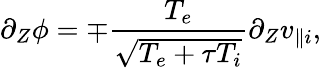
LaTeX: \partial_{Z}\phi=\mp\frac{T_{e}}{\sqrt{T_{e}+\tau T_{i}}}\partial_{Z}v_{\parallel i},